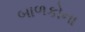
બાળકોના